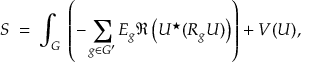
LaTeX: { \cal S } \; = \; \int _ { G } \; \left( - \sum _ { g \in G ^ { \prime } } E _ { g } \Re \left( U ^ { \star } ( R _ { g } U ) \right) \right) + V ( U ) ,